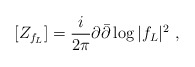
\begin{align*} [Z_{f_L}]=\frac {i}{2\pi}\partial\bar\partial\log |f_L|^2\ ,\end{align*}